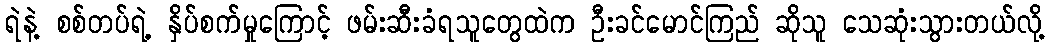
ရဲနဲ့ စစ်တပ်ရဲ့ နှိပ်စက်မှုကြောင့် ဖမ်းဆီးခံရသူတွေထဲက ဦးခင်မောင်ကြည် ဆိုသူ သေဆုံးသွားတယ်လို့